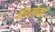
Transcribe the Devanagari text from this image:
मॅकलेनची